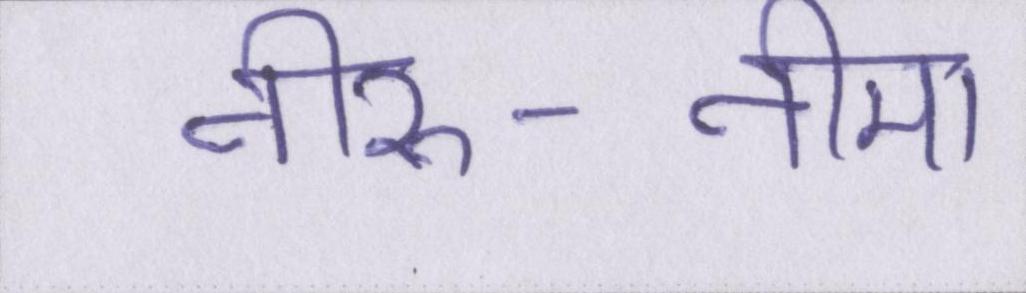
नीरु-नीमा